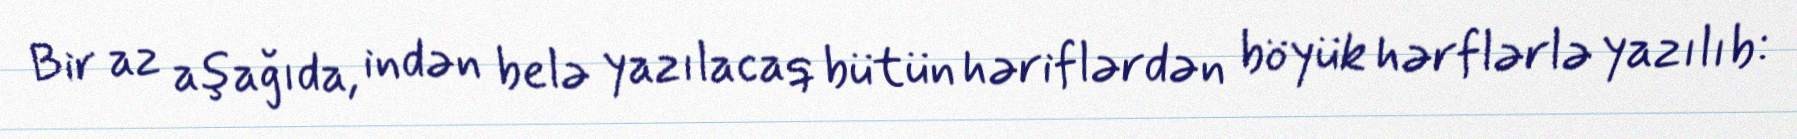
Bir az aşağıda, indən belə yazılacaq bütün həriflərdən böyük hərflərlə yazılıb: